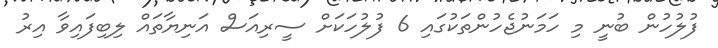
ފުލުހުން ބުނީ މި ހަމަނުޖެހުންތަކުގައި 6 ފުލުހަކަށް ސީރިއަސް އަނިޔާތައް ލިބިފައިވާ އިރު